38_143685_box_Incident_Summaries_173-233
Agency: Department of War
Page 67
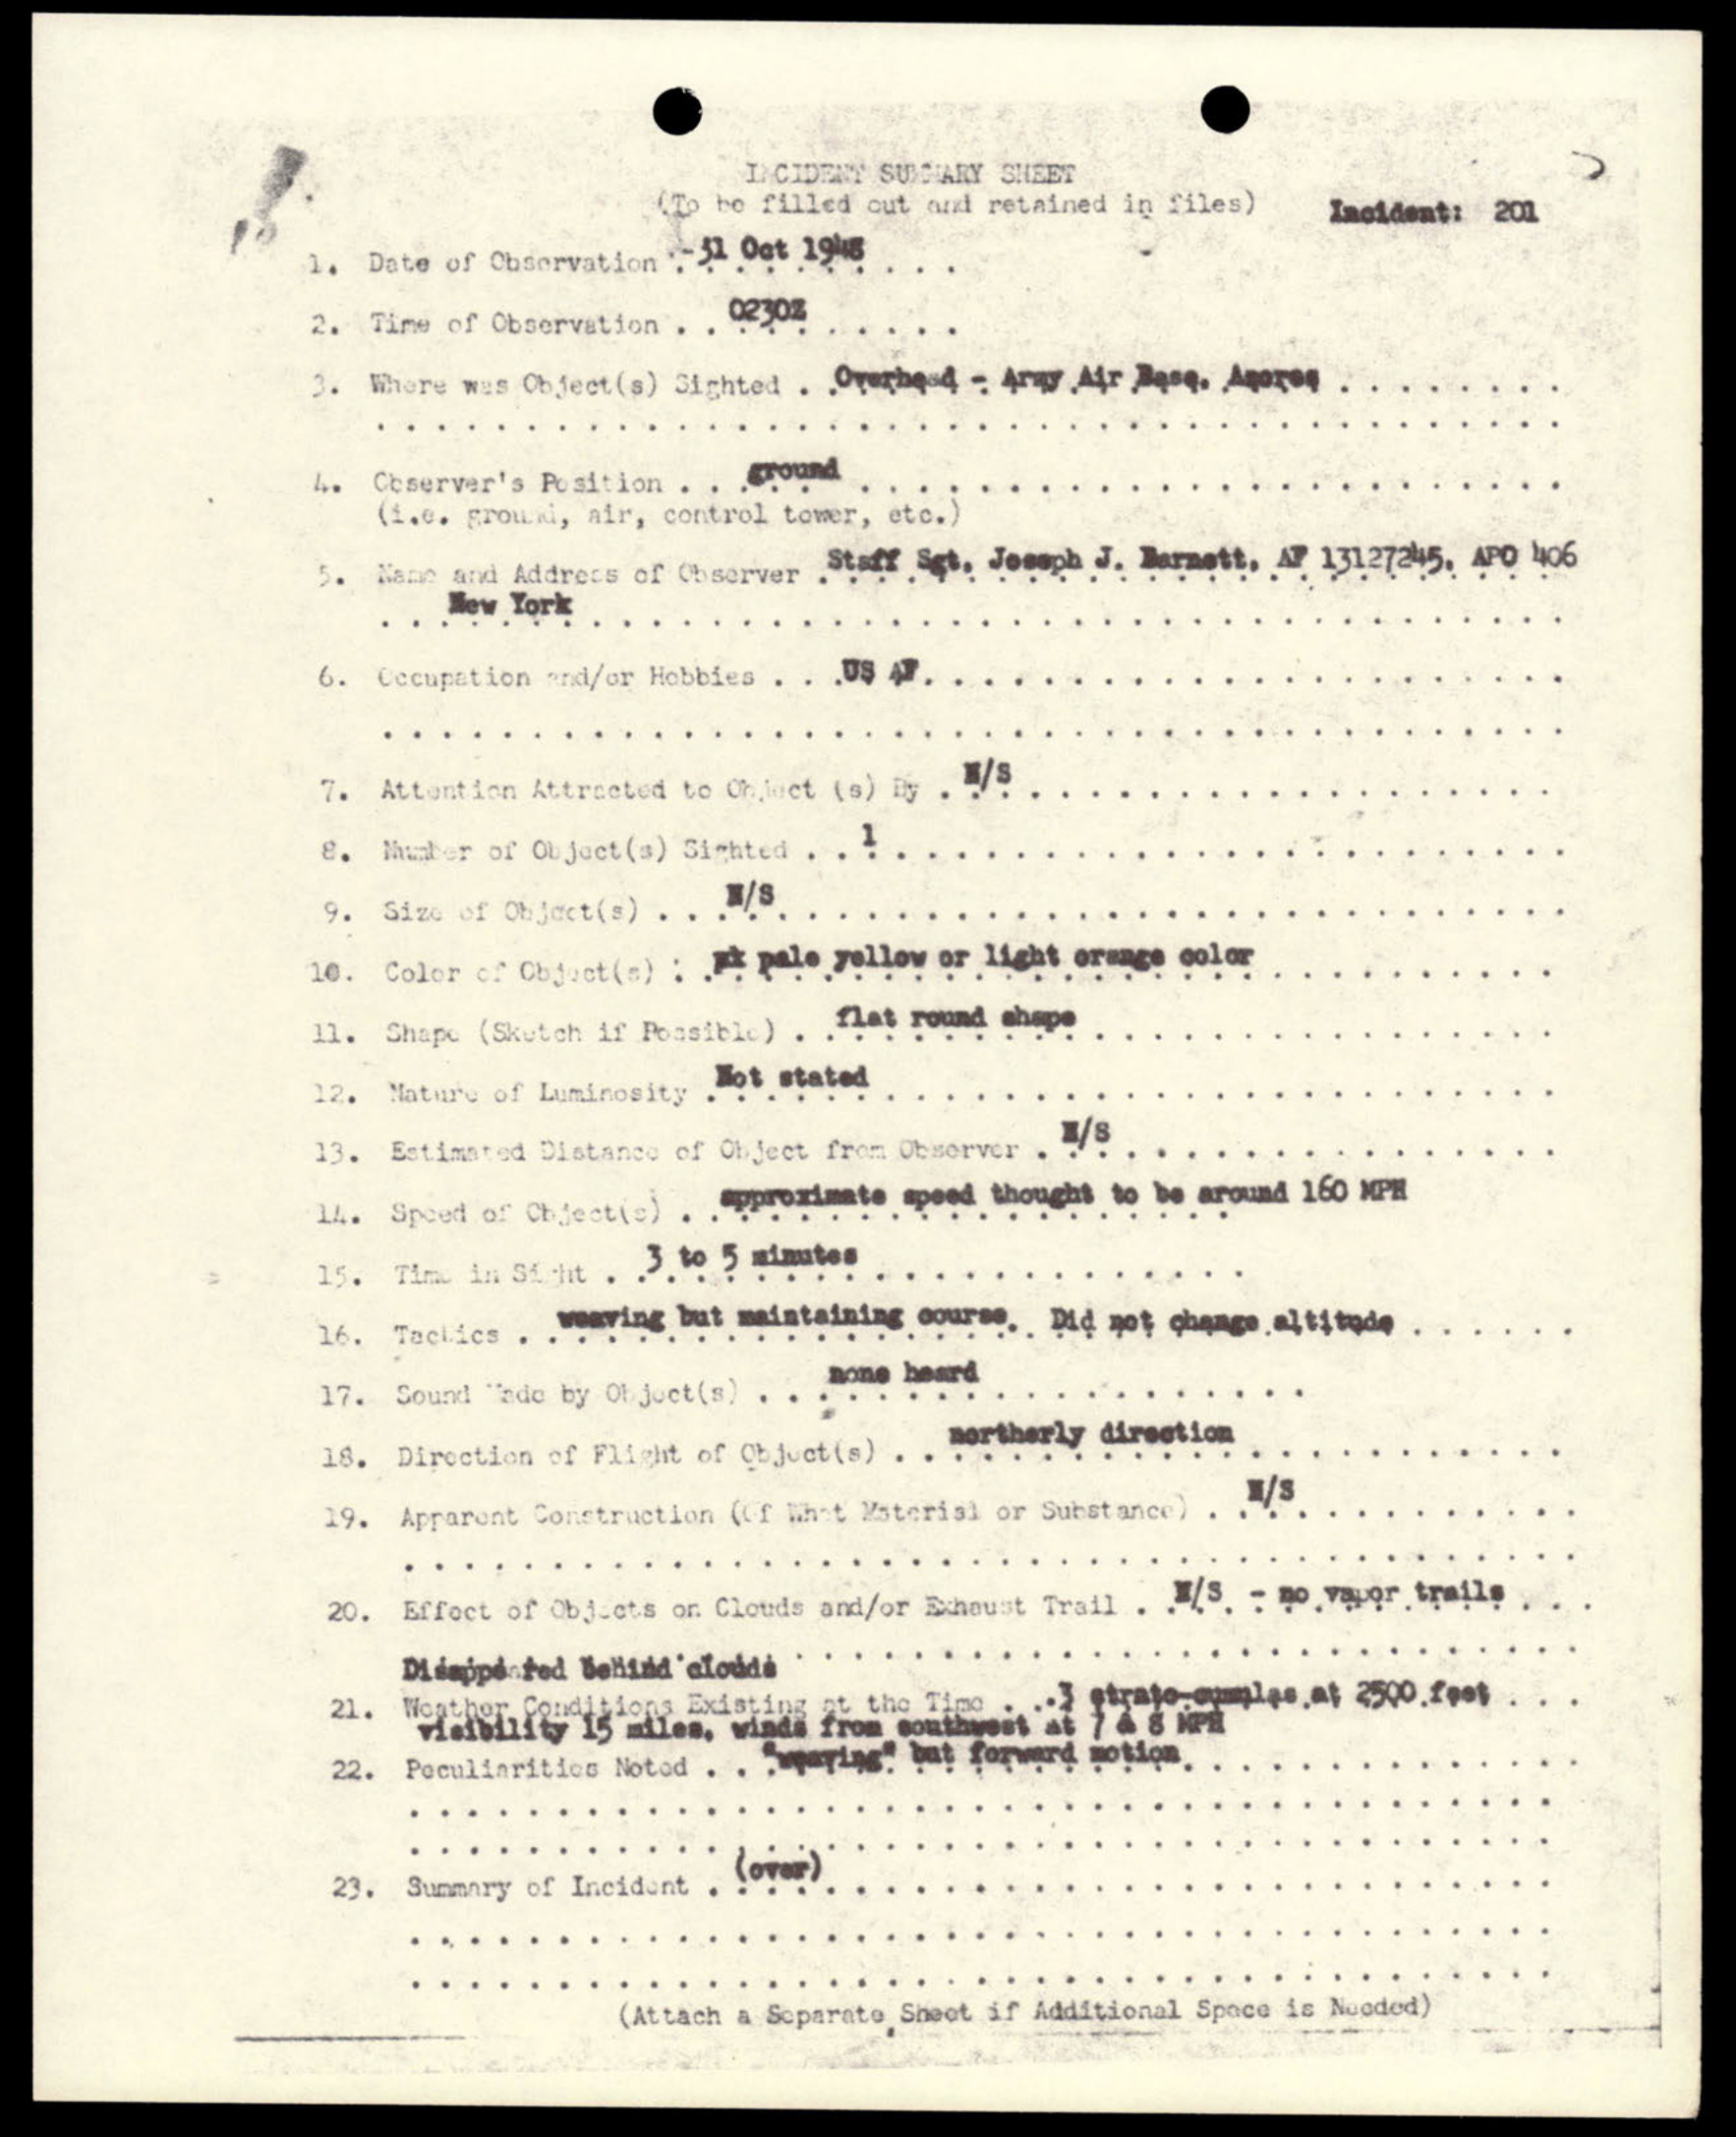